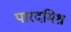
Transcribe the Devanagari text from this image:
पारदमिश्र